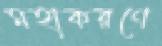
মহাকরণে